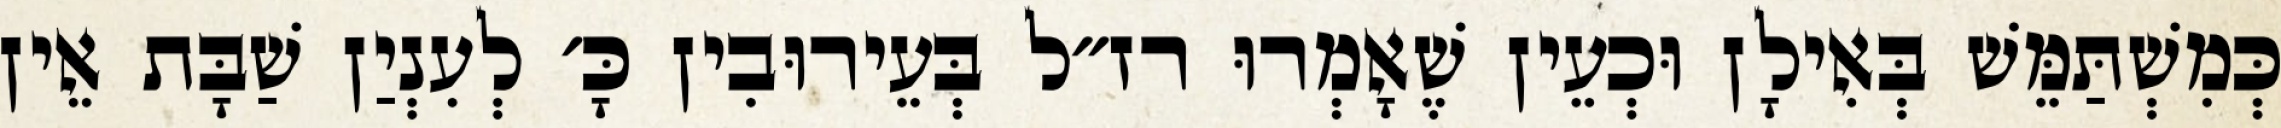
כְּמִשְׁתַּמֵּשׁ בְּאִילָן וּכְעֵין שֶׁאָמְרוּ רז״ל בְּעֵירוּבִין כָּ׳ לְעִנְיַן שַׁבָּת אֵין